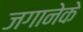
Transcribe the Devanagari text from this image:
जगानेके